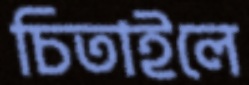
চিতাইলে